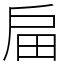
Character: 㧂